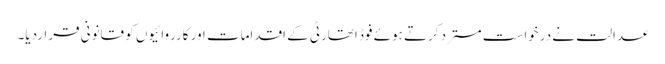
عدالت نے درخواست مسترد کرتے ہوئے فوڈ اتھارٹی کے اقدامات اور کارروائیوں کو قانونی قراردیا۔